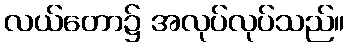
လယ်တော၌ အလုပ်လုပ်သည်။